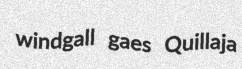
windgall gaes Quillaja